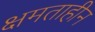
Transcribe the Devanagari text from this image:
क्षमताहीन